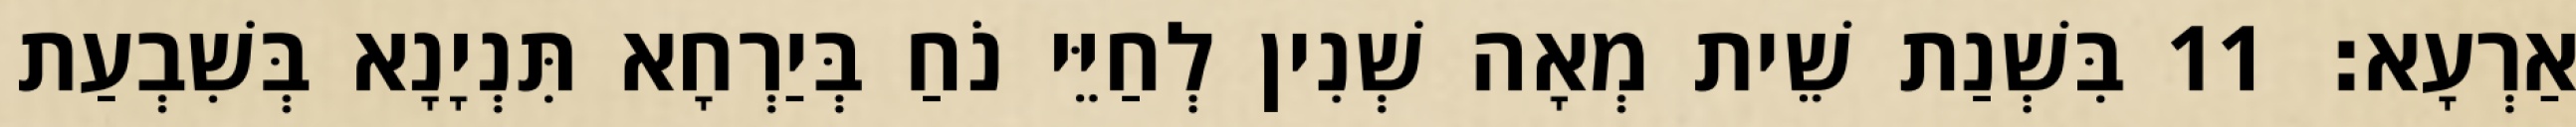
אַרְעָא׃ 11 בִּשְׁנַת שֵׁית מְאָה שְׁנִין לְחַיֵּי נֹחַ בְּיַרְחָא תִּנְיָנָא בְּשִׁבְעַת